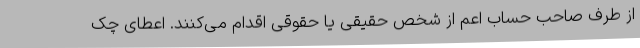
از طرف صاحب حساب اعم از شخص حقیقی یا حقوقی اقدام می‌کنند. اعطای چک